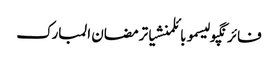
فائرنگپولیسموبائلمنشیاترمضان المبارک